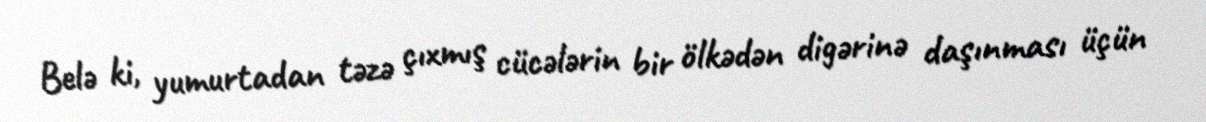
Belə ki, yumurtadan təzə çıxmış cücələrin bir ölkədən digərinə daşınması üçün